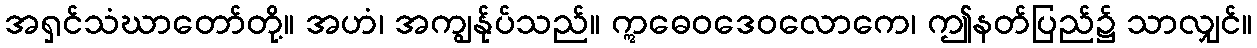
အရှင်သံဃာတော်တို့။ အဟံ၊ အကျွန်ုပ်သည်။ ဣဓေဝဒေဝလောကေ၊ ဤနတ်ပြည်၌ သာလျှင်။